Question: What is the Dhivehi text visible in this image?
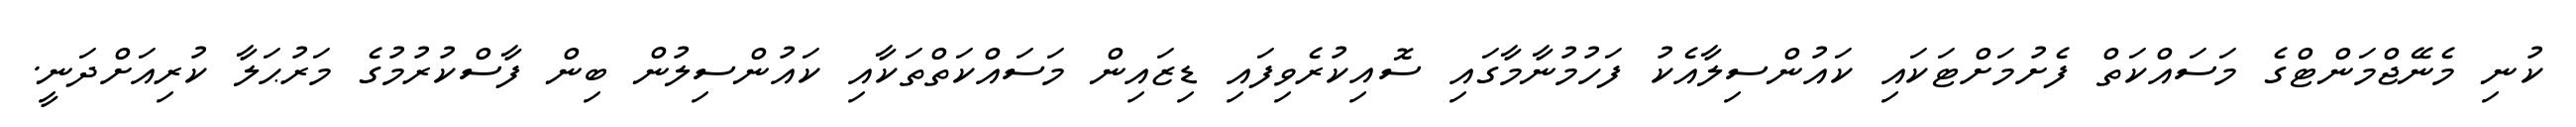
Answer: ކުނި މެނޭޖްމަންޓްގެ މަސައްކަތް ފެށުމަށްޓަކައި ކައުންސިލާއެކު ފަހުމުނާމާގައި ސޮއިކުރެވިފައި ޑިޒައިން މަސައްކަތްތަކާއި ކައުންސިލުން ބިން ފާސްކުރުމުގެ މަރުޙަލާ ކުރިއަށްދަނީ.